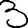
Digit: 3